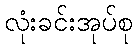
လုံးခင်းအုပ်စု